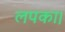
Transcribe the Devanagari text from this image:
लपका।